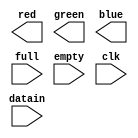
module ControladorSDRAM_VGA(datain, red, green, blue, full, empty, clk);

input full, empty, clk;
input [23:0] datain;
output [7:0] blue, green, red;

endmodule